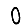
Digit: 0